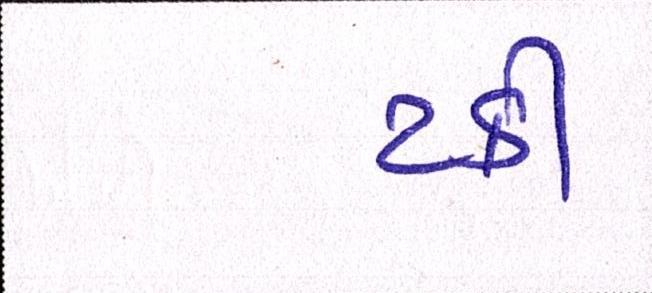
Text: ટકી